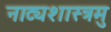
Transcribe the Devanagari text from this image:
नाट्यशास्त्रमु